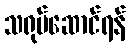
သရုပ်ဆောင်ရန်